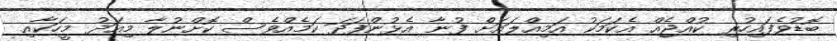
ބޮޑުވެފައިހުރި ކުއްޖެއް އެކަމަކު އަމިއްލައަށް ފުނާ އެޅުންފަދަ ކަމެއްވެސް ކޮށްނުލާ މިއަދު މީހަކާއި